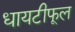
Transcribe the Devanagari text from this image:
धायटीफूल